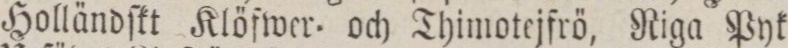
Holländſkt Klöfwer= och Thimotejfrö, Riga Pyk